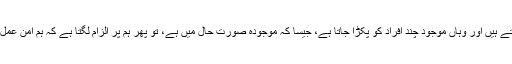
اور اگر آپ کارروائی کرتے ہیں اور وہاں موجود چند افراد کو پکڑا جاتا ہے، جیسا کہ موجودہ صورت حال میں ہے، تو پھر ہم پر الزام لگتا ہے کہ ہم امن عمل کو سبوتاژ کر رہے ہیں''۔